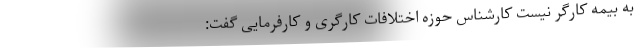
به بیمه کارگر نیست کارشناس حوزه اختلافات کارگری و کارفرمایی گفت: